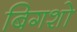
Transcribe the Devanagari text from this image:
बिगशो